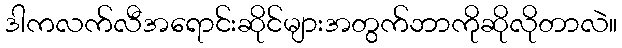
ဒါကလက်လီအရောင်းဆိုင်များအတွက်ဘာကိုဆိုလိုတာလဲ။